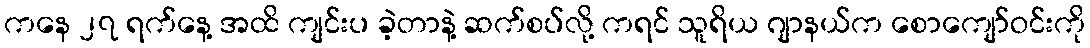
ကနေ ၂၇ ရက်နေ့ အထိ ကျင်းပ ခဲ့တာနဲ့ ဆက်စပ်လို့ ကရင် သူရိယ ဂျာနယ်က စောကျော်ဝင်းကို